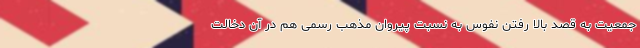
جمعیت به قصد بالا ر‌فتن نفوس به نسبت پیروان مذهب رسمی هم در آن دخالت